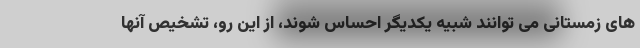
های زمستانی می توانند شبیه یکدیگر احساس شوند، از این رو، تشخیص آنها